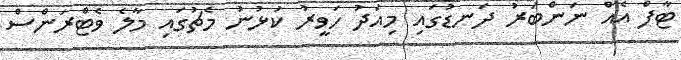
ޓާފް އެއް ނަންބަރު ދަނޑުގައި މިއަދު ހަވީރު ކުޅުނު މެޗުގައި މާލެ ވެޓްރަންސް